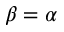
\beta = \alpha